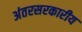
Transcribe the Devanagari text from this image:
अंतरसरकारीय